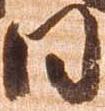
日